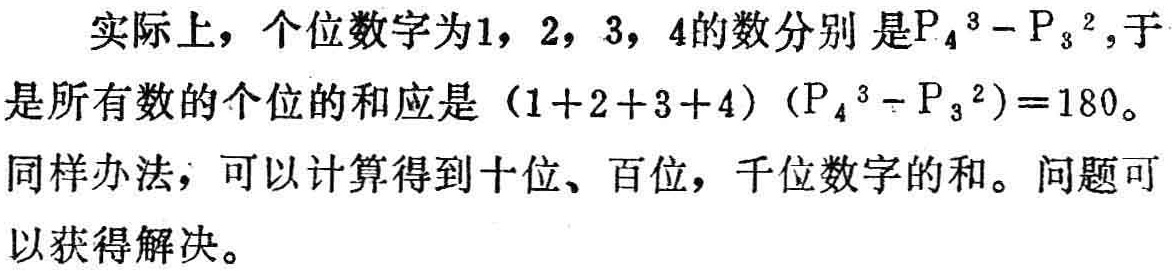
实际上，个位数字为1，2，3，4的数分别是\(P_{4}^{3}-P_{3}^{2}\)，于是所有数的个位的和应是\((1 + 2 + 3 + 4)(P_{4}^{3}-P_{3}^{2}) = 180\)。同样办法，可以计算得到十位、百位，千位数字的和。问题可以获得解决。